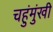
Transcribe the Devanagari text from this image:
चहुंमुंखी